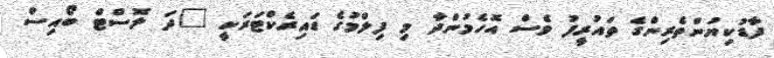
ފާޑުކިޔުންތެރިންގެ ތައުރީފު ވެސް އޮހެމުންދާ މި ފިލްމުގެ ޑައިރެކްޓަރަކީ "ދަ ލޮސްޓް ބޯއިސް